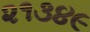
૨૧૩૪૯